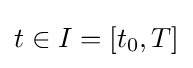
t\in I=[t_{0},T]